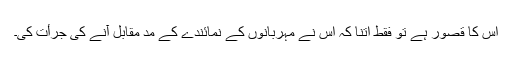
اُس کا قصور ہے تو فقط اتنا کہ اُس نے مہربانوں کے نمائندے کے مدِّ مقابل آنے کی جرأت کی۔